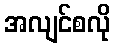
အလျင်စလို